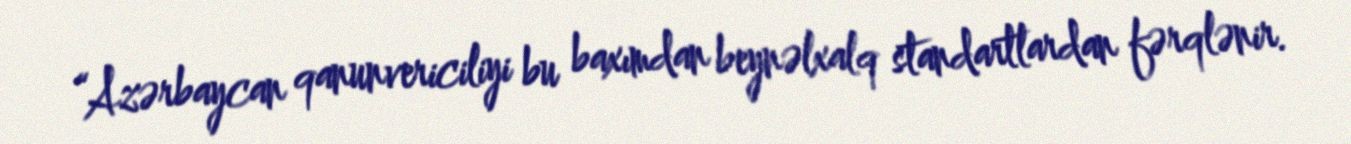
“Azərbaycan qanunvericiliyi bu baxımdan beynəlxalq standartlardan fərqlənir.